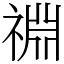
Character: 䄗